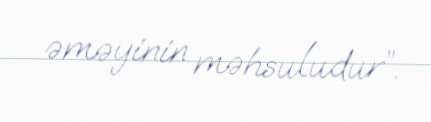
əməyinin məhsuludur”.